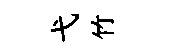
弋竹